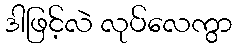
ဒါဖြင့်လဲ လုပ်လေကွာ